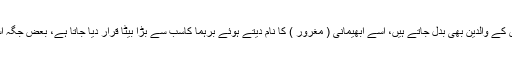
البتہ پورانوں میں اگنی کے خصائص انسانی مماثلت میں آجاتے ہیں اور اس کے والدین بھی بدل جاتے ہیں، اسے ابھیمانی ( مغرور ) کا نام دیتے ہوئے برہما کاسب سے بڑا بیٹا قرار دیا جاتا ہے، بعض جگہ اسے ( کونیاتی مرد ) ورات پرش کے منہ سے برآمد ہوتا دیکھایا جاتا ہے۔